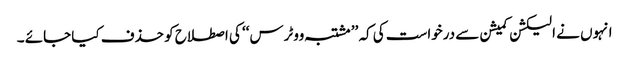
انہوں نے الیکشن کمیشن سے درخواست کی کہ ’’ مشتبہ ووٹرس‘‘ کی اصطلاح کو حذف کیا جائے ۔